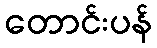
တောင်းပန်